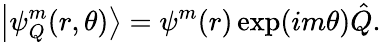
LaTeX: \left|\psi_{Q}^{m}(r,\theta)\right\rangle=\psi^{m}(r)\exp(im\theta)\hat{Q}.